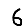
Digit: 6